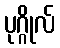
ပုဂ္ဂိုလ်